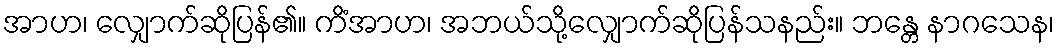
အာဟ၊ လျှောက်ဆိုပြန်၏။ ကိံအာဟ၊ အဘယ်သို့လျှောက်ဆိုပြန်သနည်း။ ဘန္တေ နာဂသေန၊